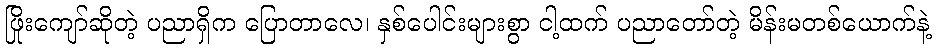
ဖြိုးကျော်ဆိုတဲ့ ပညာရှိက ပြောတာလေ၊ နှစ်ပေါင်းများစွာ ငါ့ထက် ပညာတော်တဲ့ မိန်းမတစ်ယောက်နဲ့